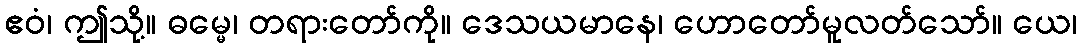
ဧဝံ၊ ဤသို့။ ဓမ္မေ၊ တရားတော်ကို။ ဒေသယမာနေ၊ ဟောတော်မူလတ်သော်။ ယေ၊